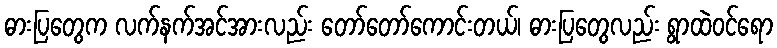
ဓားပြတွေက လက်နက်အင်အားလည်း တော်တော်ကောင်းတယ်၊ ဓားပြတွေလည်း ရွာထဲဝင်ရော